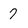
Character: 7